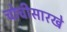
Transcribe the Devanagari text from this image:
चोचीसारखे